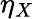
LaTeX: \eta_{X}